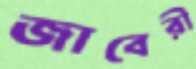
জাবেরী